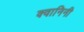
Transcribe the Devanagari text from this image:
क्वानिनी